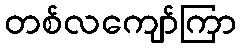
တစ်လကျော်ကြာ